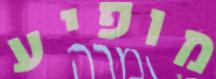
מופיע